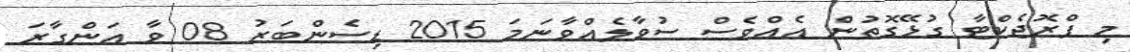
މި ޕްރޮޖެކްޓާ ގުޅޭގޮތުން އެއްވެސް ސުވާލެއްވާނަމަ 2015 ޑިސެންބަރު 08 ވާ އަންގާރަ